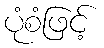
ပုံစံဖြင့်